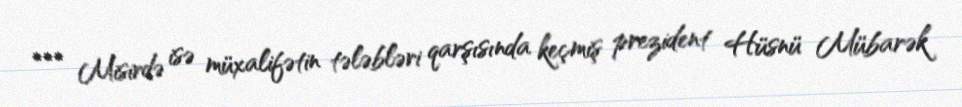
*** Misirdə isə müxalifətin tələbləri qarşısında keçmiş prezident Hüsnü Mübarək